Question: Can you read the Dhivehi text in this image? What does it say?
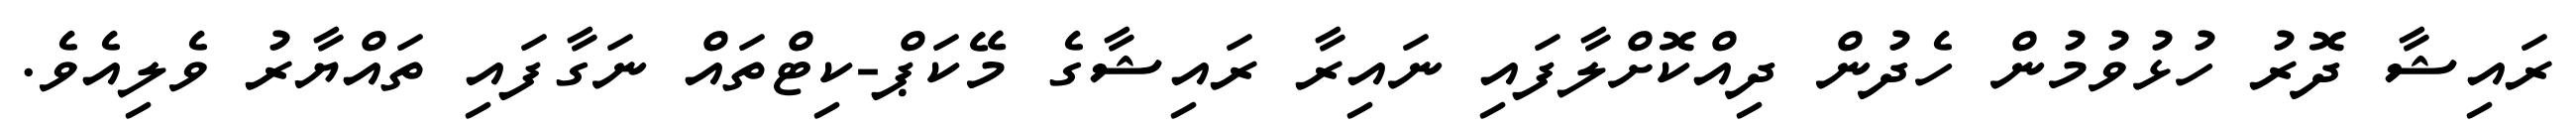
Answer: ރައިޝާ ދޮރު ހުޅުވުމުން ހެދުން ދިއްކޮށްލާފައި ނައިރާ ރައިޝާގެ މޭކަޕް-ކިޓްތައް ނަގާފައި ތައްޔާރު ވެލިއެވެ.